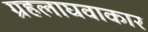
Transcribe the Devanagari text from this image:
ग्रहलाघवाकार